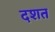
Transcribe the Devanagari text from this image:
दशत